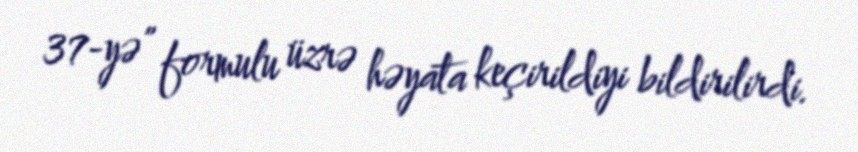
37-yə” formulu üzrə həyata keçirildiyi bildirilirdi.